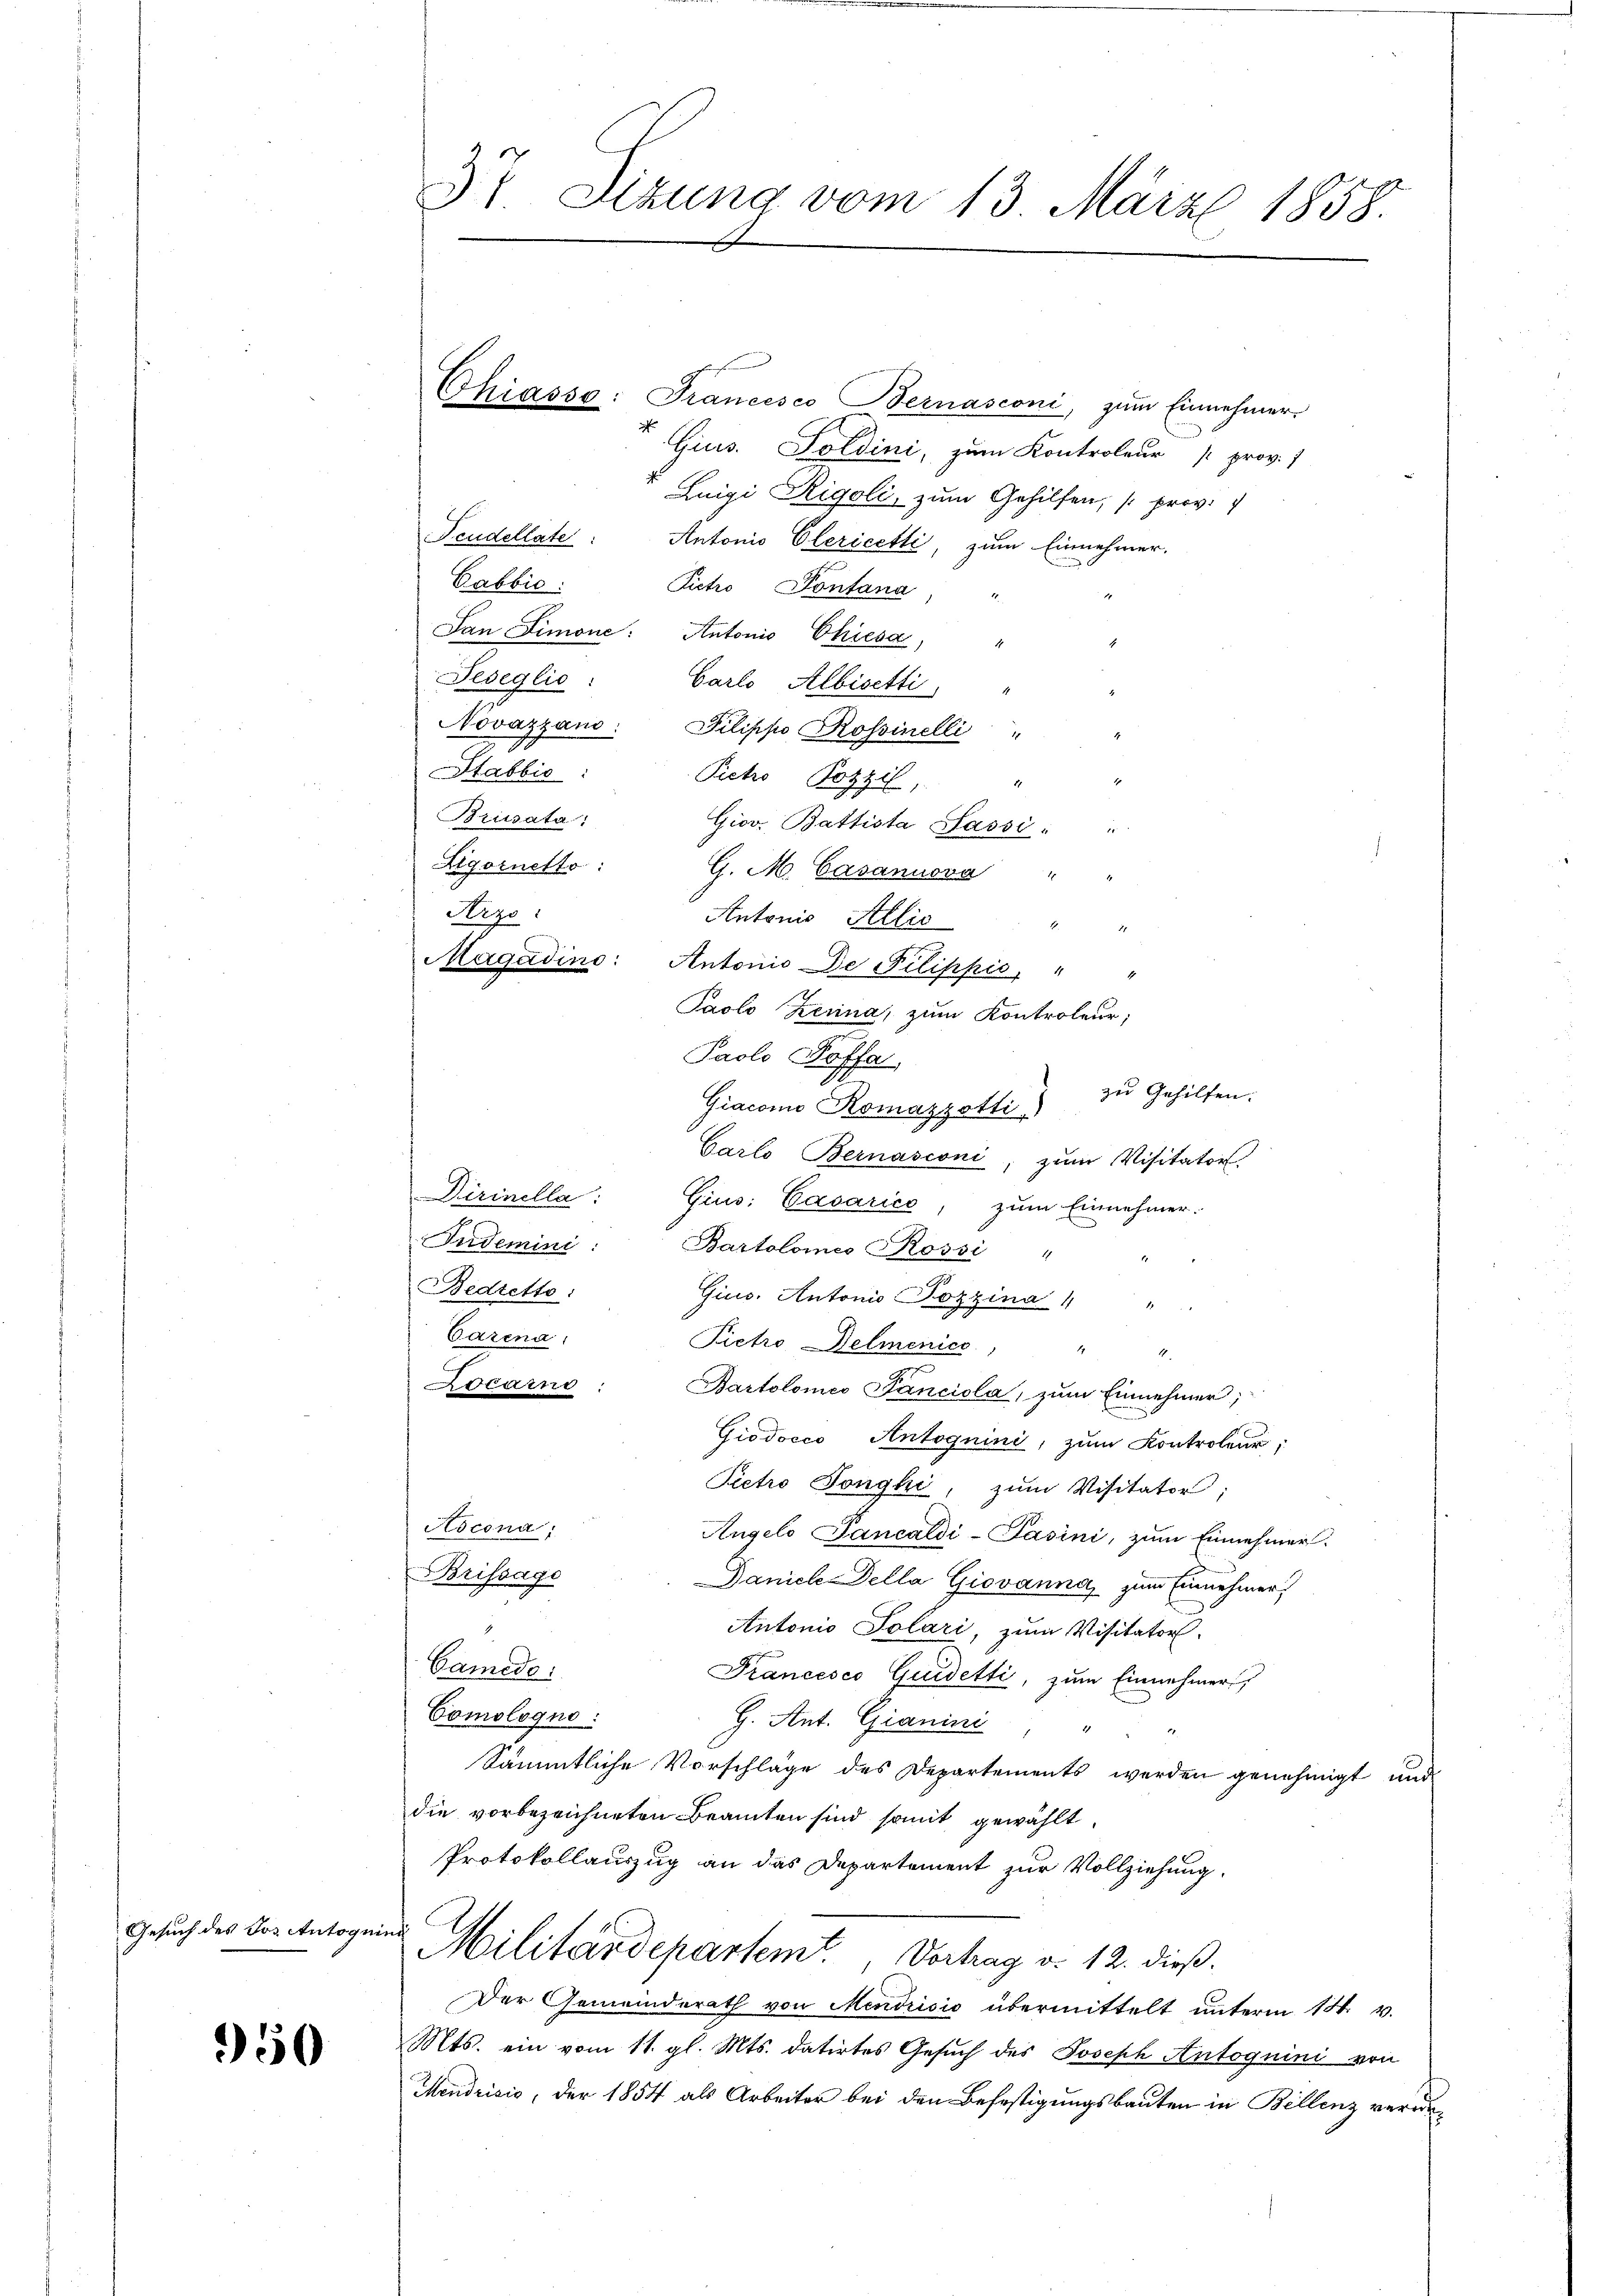
Gesuch des Dos Antognind

50

Scudellate: Antonio Clericetti, zum Einnehmer.
Pictro Pontana
San Simone: Antonio Chiesa,
Feseglio:
Garlo Albisetti,
Novazzaus: Pilippo Rossinelli
Stabbić:
Peho Pozzi,
Brüsata:
Gior. Battista Sassi: "
G. M. Casannova "
Antonis Allio
Magadino: Antonis De Pilippić, " "
Paolo Zerina, zum Kontroleur,
zu Gehilfen.
Giacomo Romazzotti
Garlo Bernasconi, zum Visitator
Dirinella: Gius: Casarico, zum Einnehmer.
Indemini: Bartolomes Rossi "
Bedretto:
Gius. Antonio (Pozzina 1 "
Carena
Pietro Delmenice " " "
Locarno: Bartolomeo Fanciola, zum Einnehmer;
Giodocco Antoguini, zum Kontroleur;
Pietro Longhi, zum Visitator;
Ascona
Angelo Sancaldi-Pasini, zum Einnehmer.
Brifsage
Daniele Della Giovanna zum Einnehmer
Antonio Polari, zum Visitator
Camedo:
Francesco Quidetti, zum Einnehmer,
Comologno :
H. Ant. Gianini, "
Sämmtliche Vorschläge des Departements werden genehmigt und
die vorbezeichneten Beamten sind somit gewählt.
Protokollauszug an das Departement zur Vollziehung.
Militärdepartemt, Vortrag v. 12. dieß.
Der Gemeinderath von Mendrisis übermittelt unterm 14. v.
Mts. ein vom 11. gl. Mts. datirtes Gesuch des Joseph Antoguini von
Mendrisis, der 1854 als Arbeiter bei den Befestigungsbauten in Billenz verade¬

Aigornetto:
Arzo:

37 Sizung vom 13. März 1858.

Gabbić:

Paolo Poffa

Chiasso: Francisco Bernasconi, zum Einnehmer
Gius. Soldini, zum Kontroleur prov. 1
Luigi Rigoli, zum Gehilfen; (prov.

1